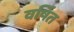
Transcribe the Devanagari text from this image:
वर्षित